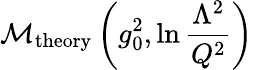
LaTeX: {\cal M}_{\mathrm{theory}}\left(g_{0}^{2},\ln{\frac{\Lambda^{2}}{Q^{2}}}\right)